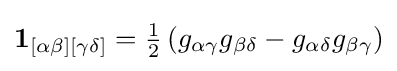
\mathbf {1} _{[\alpha \beta ][\gamma \delta ]}={\tfrac {1}{2}}\left(g_{\alpha \gamma }g_{\beta \delta }-g_{\alpha \delta }g_{\beta \gamma }\right)